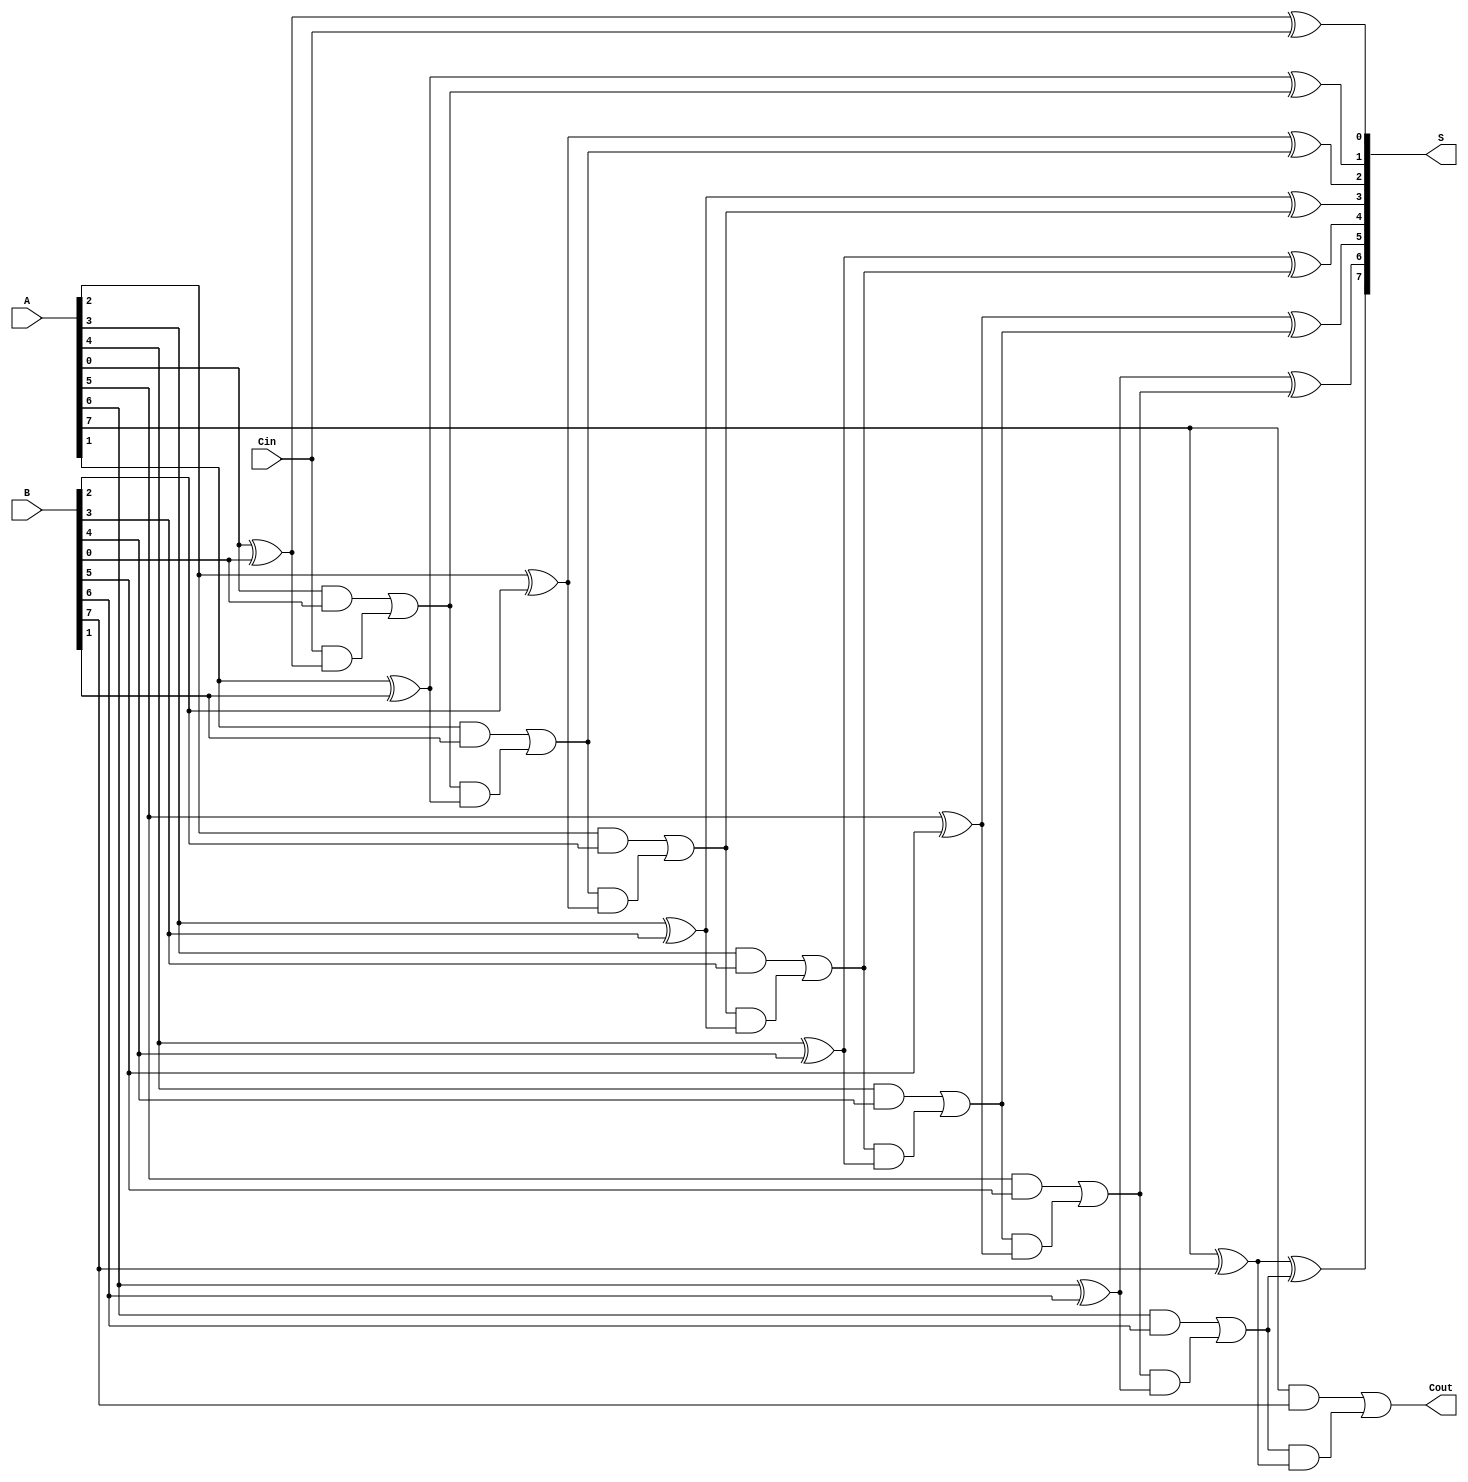
module parallel_full_adder #(
    parameter N = 8  // Number of bits for the input
)(
    input  [N-1:0] A,     // First n-bit binary number
    input  [N-1:0] B,     // Second n-bit binary number
    input          Cin,    // Carry-in input
    output [N-1:0] S,     // n-bit sum output
    output         Cout     // Carry-out output
);

    wire [N:0] carry; // Carry wires, carry[n] will be Cout

    assign carry[0] = Cin; // The carry-in for the least significant bit

    genvar i;
    generate
        for (i = 0; i < N; i = i + 1) begin : full_adder
            // Sum bit S[i]
            assign S[i] = A[i] ^ B[i] ^ carry[i];

            // Carry-out bit Co[i]
            assign carry[i + 1] = (A[i] & B[i]) | (carry[i] & (A[i] ^ B[i]));
        end
    endgenerate

    assign Cout = carry[N]; // Final carry-out from the last full adder

endmodule